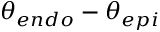
\theta _ { e n d o } - \theta _ { e p i }